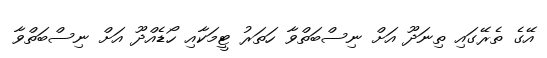
އޭގެ ތެރޭގައި ތިނަދޫ އަށް ނިސްބަތްވާ ހަތަރު ޓީމަކާއި ހޯޑެއްދޫ އަށް ނިސްބަތްވާ